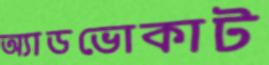
অ্যাডভোকাট